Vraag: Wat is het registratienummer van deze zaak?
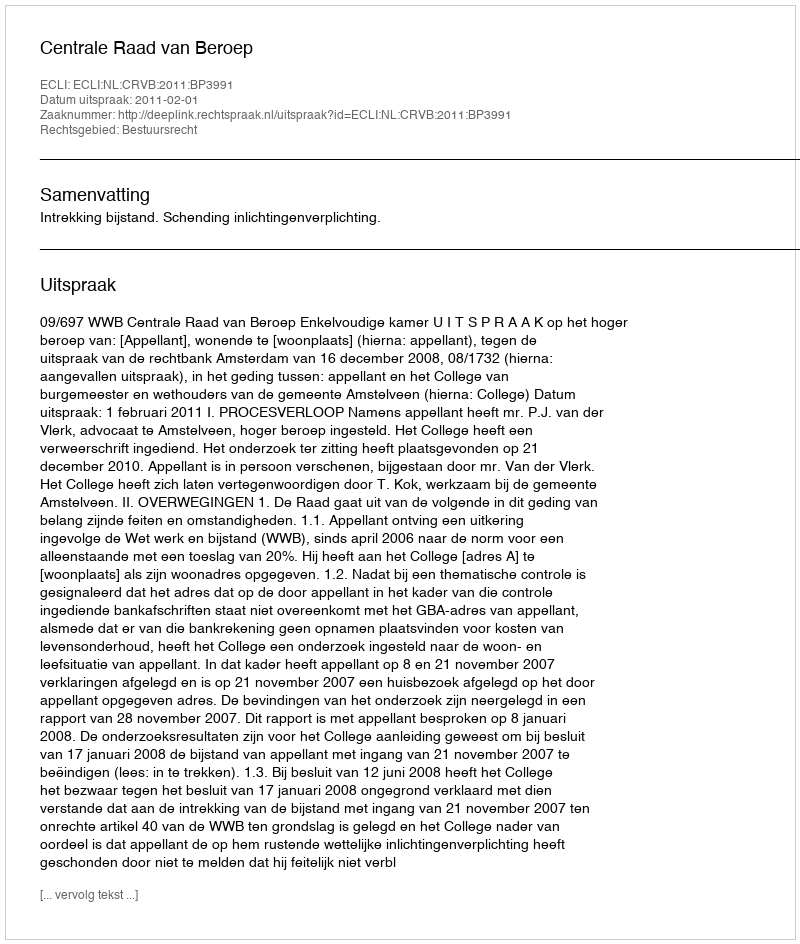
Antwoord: http://deeplink.rechtspraak.nl/uitspraak?id=ECLI:NL:CRVB:2011:BP3991